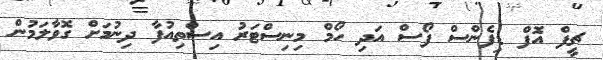
ޗީފް އެޮފް ޑިފެންސް ފޯސް އަދި ހޯމް މިނިސްޓަރު އިސްތިއުފާ ދިނުމަށް ގޮވާލަމުން